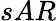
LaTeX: sAR